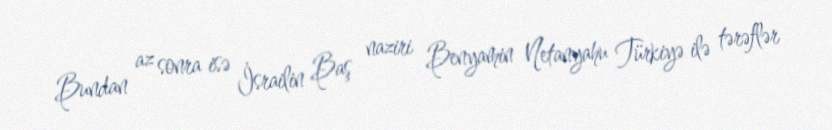
Bundan az sonra isə İsrailin Baş naziri Benyamin Netanyahu Türkiyə ilə tərəflər